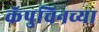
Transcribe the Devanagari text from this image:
कॅपुचिनच्या